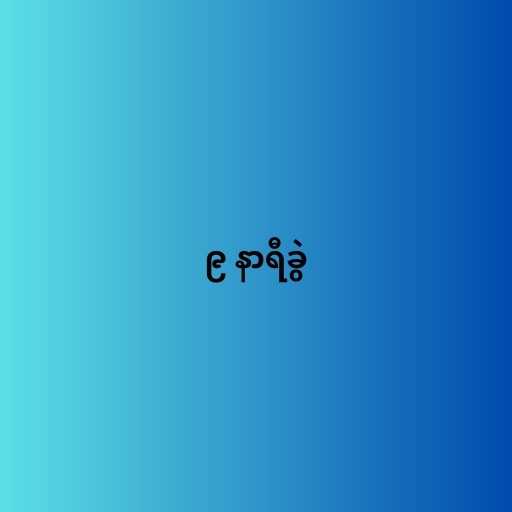
၉ နာရီခွဲ